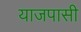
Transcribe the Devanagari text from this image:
याजपासी